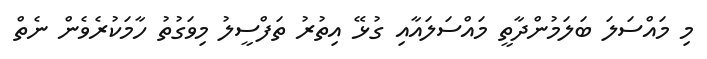
މި މައްސަލަ ބަލަމުންދާތީ މައްސަލައާއި ގުޅޭ އިތުރު ތަފްސީލު މިވަގުތު ހާމަކުރެވެން ނެތް